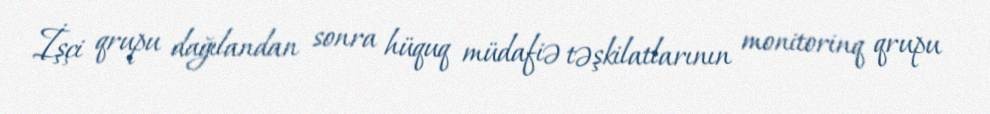
İşçi qrupu dağılandan sonra hüquq müdafiə təşkilatlarının monitorinq qrupu